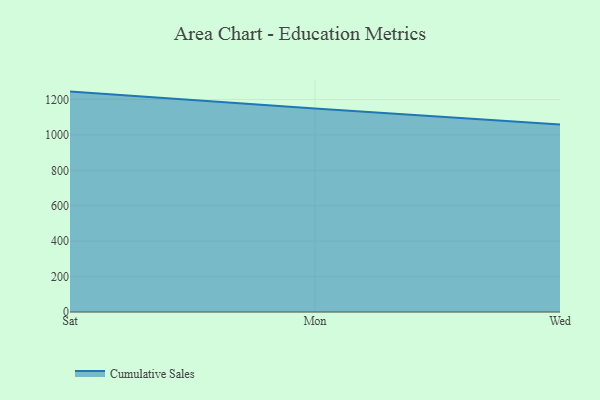
{"axis": {"x": "Day", "y": "Temperature (°C)"}, "legend": ["Cumulative Sales"], "data": [{"x": "Sat", "y": 1244.5, "type": "Cumulative Sales"}, {"x": "Mon", "y": 1149.5, "type": "Cumulative Sales"}, {"x": "Wed", "y": 1058.9, "type": "Cumulative Sales"}]}